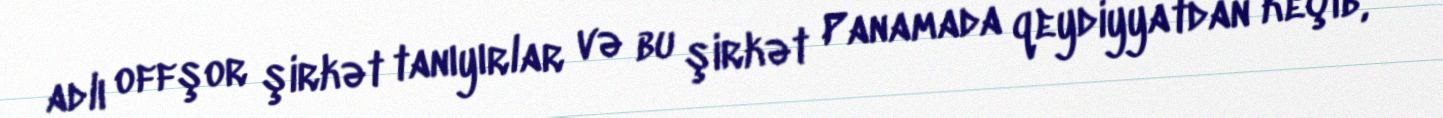
adlı offşor şirkət tanıyırlar və bu şirkət Panamada qeydiyyatdan keçib,